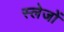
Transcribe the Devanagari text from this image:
स्लेजों